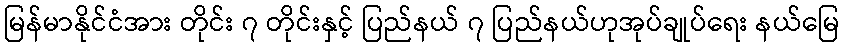
မြန်မာနိုင်ငံအား တိုင်း ၇ တိုင်းနှင့် ပြည်နယ် ၇ ပြည်နယ်ဟုအုပ်ချုပ်ရေး နယ်မြေ